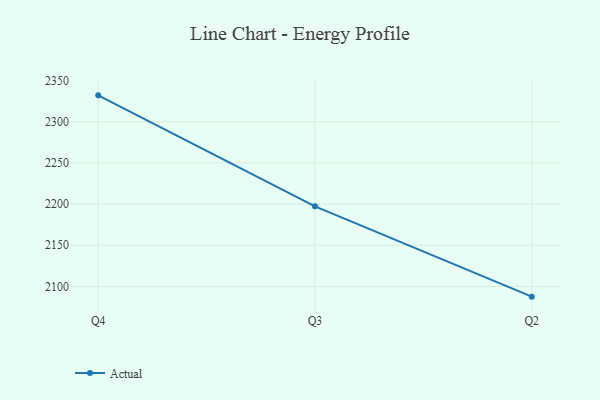
{"axis": {"x": "Quarter", "y": "Operating Costs (USD K)"}, "legend": ["Actual"], "data": [{"x": "Q4", "y": 2332.0, "type": "Actual"}, {"x": "Q3", "y": 2197.3, "type": "Actual"}, {"x": "Q2", "y": 2087.6, "type": "Actual"}]}